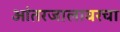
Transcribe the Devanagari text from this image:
आंतरजालावरचा